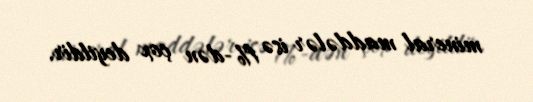
mineral maddələr isə 1%-dən çox deyildir.